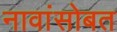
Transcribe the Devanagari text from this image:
नावांसोबत